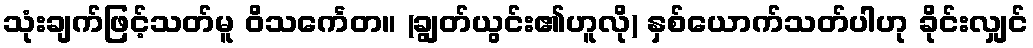
သုံးချက်ဖြင့်သတ်မူ ဝိသင်္ကေတ။ (ချွတ်ယွင်း၏ဟူလို) နှစ်ယောက်သတ်ပါဟု ခိုင်းလျှင်